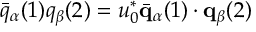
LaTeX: \bar { q } _ { \alpha } ( 1 ) q _ { \beta } ( 2 ) = u _ { 0 } ^ { * } \bar { \bf q } _ { \alpha } ( 1 ) \cdot { \bf q } _ { \beta } ( 2 )